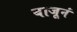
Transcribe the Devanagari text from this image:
बाजूनं